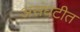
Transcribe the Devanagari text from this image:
असंघटीत